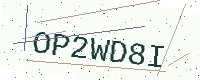
Text: OP2WD8I